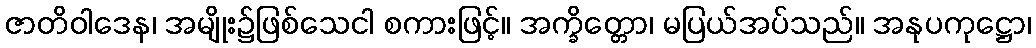
ဇာတိဝါဒေန၊ အမျိုး၌ဖြစ်သေငါ စကားဖြင့်။ အက္ခိတ္တော၊ မပြယ်အပ်သည်။ အနုပကုဋ္ဌော၊